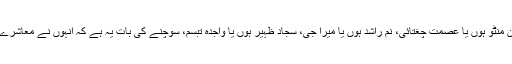
سعادت حسن منٹو ہوں یا عصمت چغتائی، نم راشد ہوں یا میرا جی، سجاد ظہیر ہوں یا واجدہ تبسم، سوچنے کی بات یہ ہے کہ انہوں نے معاشرے کو کیا دیا؟